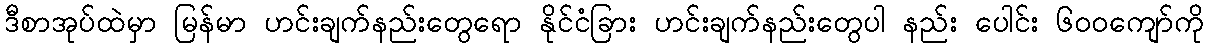
ဒီစာအုပ်ထဲမှာ မြန်မာ ဟင်းချက်နည်းတွေရော နိုင်ငံခြား ဟင်းချက်နည်းတွေပါ နည်း ပေါင်း ၆၀၀ကျော်ကို